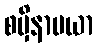
စမှိနာမယာ